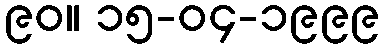
၉၀။ ၁၅-၀၄-၁၉၉၉